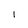
Character: I